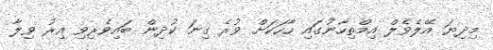
މިދިޔަ އޭލެވެލް އިމްތިހާނުގައި ހާހަކަށް ވުރެ ގިނަ ކުދިން ބައިވެރިވި އިރު ވިލާ